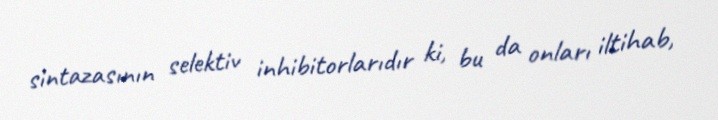
sintazasının selektiv inhibitorlarıdır ki, bu da onları iltihab,